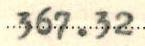
367.32